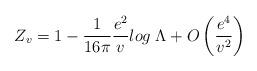
LaTeX: \begin{align*}Z_v = 1 - \frac{1}{16 \pi} \frac{e^{2}}{v} log \; \Lambda +O\left( \frac{e^{4}}{v^{2}} \right) \end{align*}